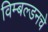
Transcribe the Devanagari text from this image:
विम्बल्डनचे